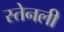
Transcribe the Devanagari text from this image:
स्तेनली